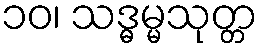
၁၀၊ သဒ္ဓမ္မသုတ္တ